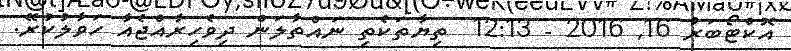
އޮކްޓޯބަރު 16